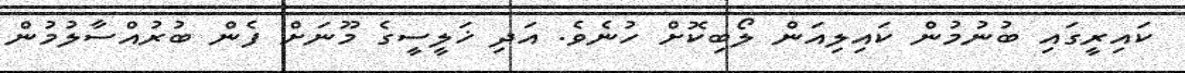
ކައިރީގައި ބުނުމުން ކައިލިއަން ލޯބިކޮށް ހުނެވެ. އަދި ޚަލީސީގެ މޫނަށް ފެން ބުރުއްސާލުމުން